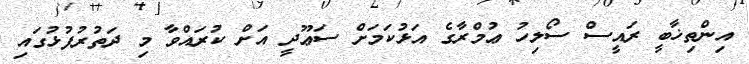
އިންތިޚާބީ ރައީސް ސޯލިހު ޢުމްރާގެ އަޅުކަމަށް ސަޢޫދީ އަށް ކުރައްވާ މި ދަތުރުފުޅުގައި